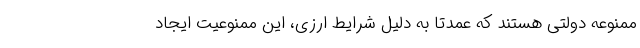
ممنوعه دولتی هستند که عمدتا به دلیل شرایط ارزی، این ممنوعیت ایجاد